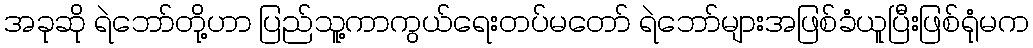
အခုဆို ရဲဘော်တို့ဟာ ပြည်သူ့ကာကွယ်ရေးတပ်မတော် ရဲဘော်များအဖြစ်ခံယူပြီးဖြစ်ရုံမက